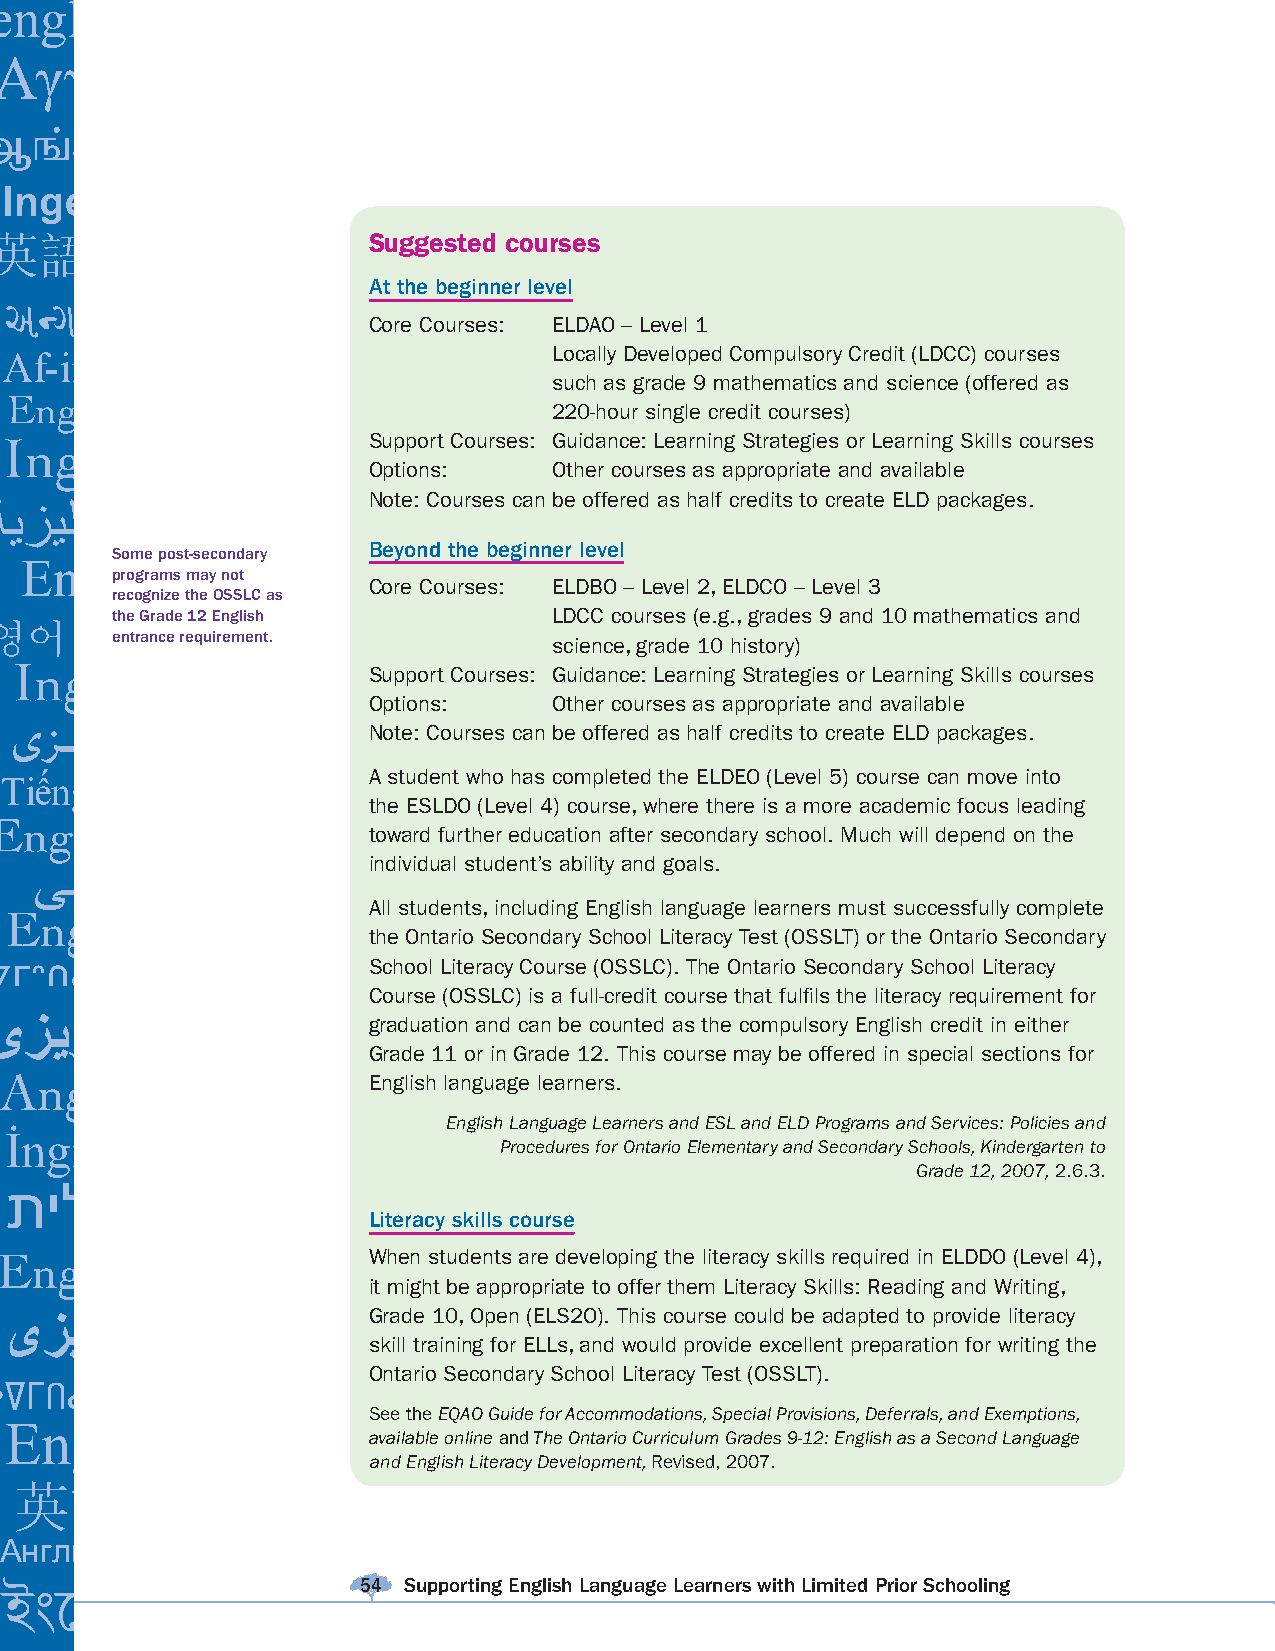
Suggested courses
 At the beginner level
 Core Courses: E LDAO – Level 1
 Locally Developed Compulsory Credit (LDCC) courses
 such as grade 9 mathematics and science (offered as
 220-hour single credit courses)
 Support Courses: Guidance: Learning Strategies or Learning Skills courses
 Options:     Other courses as appropriate and available
 Note: Courses can be offered as half credits to create ELD packages.
 Beyond the beginner level
 Some post-secondary
 programs may not
 Core Courses: E LDBO – Level 2, ELDCO – Level 3
 recognize the OSSLC as
 the Grade 12 English          LDCC courses (e.g., grades 9 and 10 mathematics and
 entrance requirement.         science, grade 10 history)
 Support Courses: Guidance: Learning Strategies or Learning Skills courses
 Options:     Other courses as appropriate and available
 Note: Courses can be offered as half credits to create ELD packages.
 A student who has completed the ELDEO (Level 5) course can move into
 the ESLDO (Level 4) course, where there is a more academic focus leading
 toward further education after secondary school. Much will depend on the
 individual student’s ability and goals.
 All students, including English language learners must successfully complete
 the Ontario Secondary School Literacy Test (OSSLT) or the Ontario Secondary
 School Literacy Course (OSSLC). The Ontario Secondary School Literacy
 Course (OSSLC) is a full-credit course that fulfi ls the literacy requirement for
 graduation and can be counted as the compulsory English credit in either
 Grade 11 or in Grade 12. This course may be offered in special sections for
 English language learners.
 English Language Learners and ESL and ELD Programs and Services: Policies and
 Procedures for Ontario Elementary and Secondary Schools, Kindergarten to
 Grade 12, 2007, 2.6.3.
 Literacy skills course
 When students are developing the literacy skills required in ELDDO (Level 4),
 it might be appropriate to offer them Literacy Skills: Reading and Writing,
 Grade 10, Open (ELS2O). This course could be adapted to provide literacy
 skill training for ELLs, and would provide excellent preparation for writing the
 Ontario Secondary School Literacy Test (OSSLT).
 See the EQAO Guide for Accommodations, Special Provisions, Deferrals, and Exemptions,
 available online and The Ontario Curriculum Grades 9-12: English as a Second Language
 and English Literacy Development, Revised, 2007.
 54 Supporting English Language Learners with Limited Prior Schooling